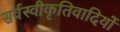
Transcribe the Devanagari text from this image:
सर्वस्वीकृतिवादियों